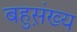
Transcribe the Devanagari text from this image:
बहुस़़ंख्य